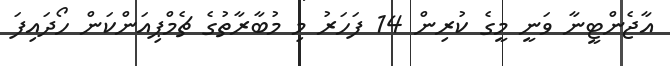
އާޖެންޓީނާ ވަނީ މީގެ ކުރިން 14 ފަހަރު މި މުބާރާތުގެ ޗެމްޕިއަންކަން ހޯދައިފަ